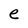
Character: e